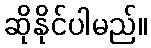
ဆိုနိုင်ပါမည်။